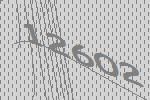
12602